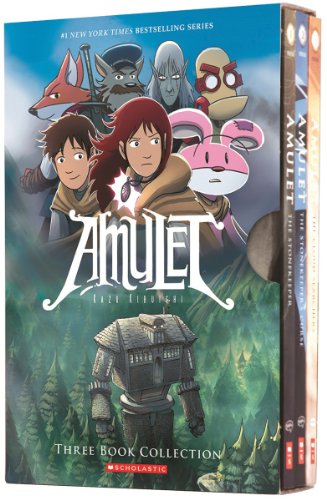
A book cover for Amulet Boxset: Books 1-3; Kazu Kibuishi; Children's Books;